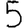
Digit: 5